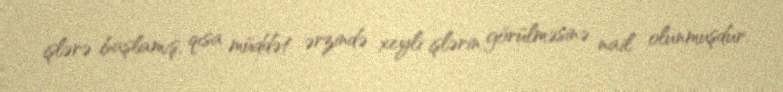
işlərə başlamış, qısa müddət ərzində xeyli işlərin görülməsinə nail olunmuşdur.